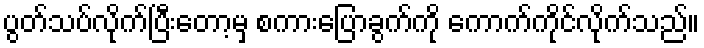
ပွတ်သပ်လိုက်ပြီးတော့မှ စကားပြောခွက်ကို ကောက်ကိုင်လိုက်သည်။